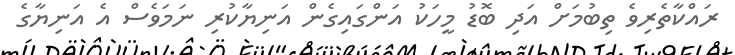
ރައްކާތެރިވެ ތިބުމަށް އަދި ބޮޑު މީހަކު އަންގައިގެން އަނިޔާކުރި ނަމަވެސް އެ އަނިޔާގެ